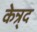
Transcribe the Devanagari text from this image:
केन्र्द